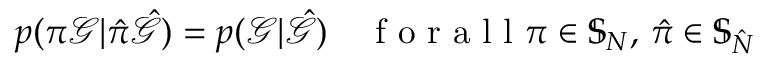
p ( \pi \mathcal { G } | \hat { \pi } \hat { \mathcal { G } } ) = p ( \mathcal { G } | \hat { \mathcal { G } } ) \quad \mathrm { ~ f ~ o ~ r ~ a ~ l ~ l ~ } \pi \in \mathbb { S } _ { N } , \, \hat { \pi } \in \mathbb { S } _ { \hat { N } }